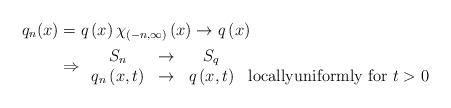
LaTeX: \begin{align*}q_{n}(x) & =q\left( x\right) \chi_{\left( -n,\infty\right) }\left(x\right) \rightarrow q\left( x\right) \\& \Rightarrow\begin{array}[c]{cccc}S_{n} & \rightarrow & S_{q} & \\q_{n}\left( x,t\right) & \rightarrow & q\left( x,t\right) & \text{locallyuniformly for }t>0\end{array}\end{align*}